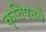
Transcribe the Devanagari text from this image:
कृतिपतये